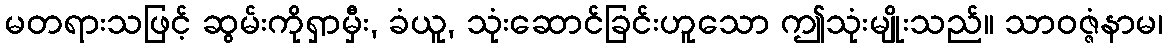
မတရားသဖြင့် ဆွမ်းကိုရှာမှီး, ခံယူ, သုံးဆောင်ခြင်းဟူသော ဤသုံးမျိုးသည်။ သာဝဇ္ဇံနာမ၊